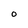
Character: O